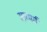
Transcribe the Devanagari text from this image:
सारमर्म